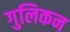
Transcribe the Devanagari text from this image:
गुलिकन